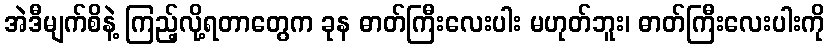
အဲဒီမျက်စိနဲ့ ကြည့်လို့ရတာတွေက ခုန ဓာတ်ကြီးလေးပါး မဟုတ်ဘူး၊ ဓာတ်ကြီးလေးပါးကို